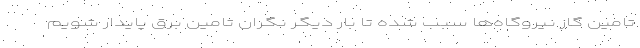
تامین گاز نیروگاه‌ها سبب شده تا بار دیگر نگران تامین برق پایدار شویم